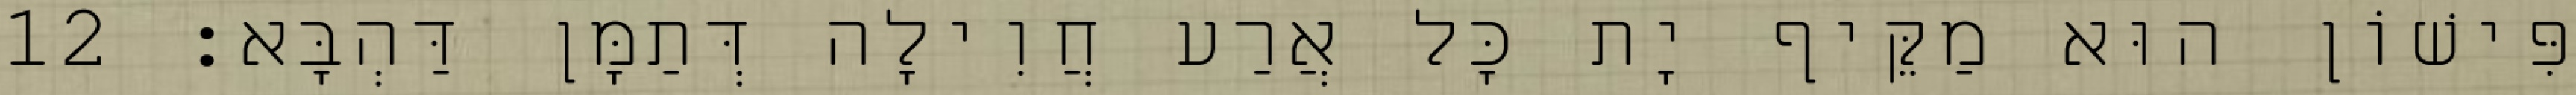
פִּישׁוֹן הוּא מַקֵּיף יָת כָּל אֲרַע חֲוִילָה דְּתַמָּן דַּהְבָּא׃ 12